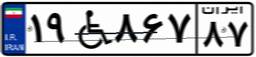
۱۹W۸۶۷۸۷